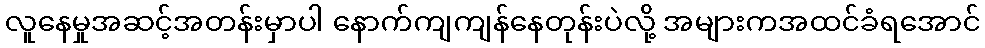
လူနေမှုအဆင့်အတန်းမှာပါ နောက်ကျကျန်နေတုန်းပဲလို့ အများကအထင်ခံရအောင်